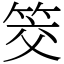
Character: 筊